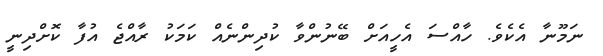
ނަމޫނާ އެކެވެ. ހާއްސަ އެހީއަށް ބޭނުންވާ ކުދިންނެއް ކަމަކު ރާއްޖެ އުފާ ކޮށްދިނީ